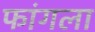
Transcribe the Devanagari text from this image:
फांगला